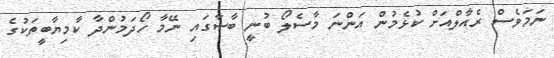
ނަމަވެސް ރެއާލްއަށް ކުޅެމުން އަންނަ މާސެލޯ ބުނީ ބާސާގައި ނޭމާ ހޯދަމުންދާ ކާމިޔާބީތަކުގެ